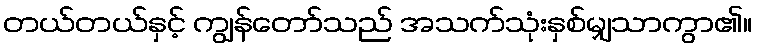
တယ်တယ်နှင့် ကျွန်တော်သည် အသက်သုံးနှစ်မျှသာကွာ၏။